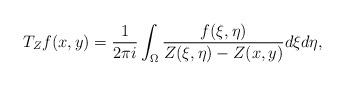
LaTeX: \begin{align*}T_Zf(x,y)=\frac{1}{2\pi i}\int_\Omega\frac{f(\xi,\eta)}{Z(\xi,\eta)-Z(x,y)}d\xi d\eta,\end{align*}